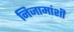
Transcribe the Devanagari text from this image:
निजामांशी